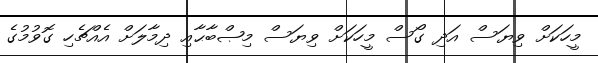
މީހަކަށް ވިޔަސް އަދި ގޯސް މީހަކަށް ވިޔަސް މިޞްބާޙާއި ދިމާލަށް އެއްޗެހި ގޮވުމުގެ